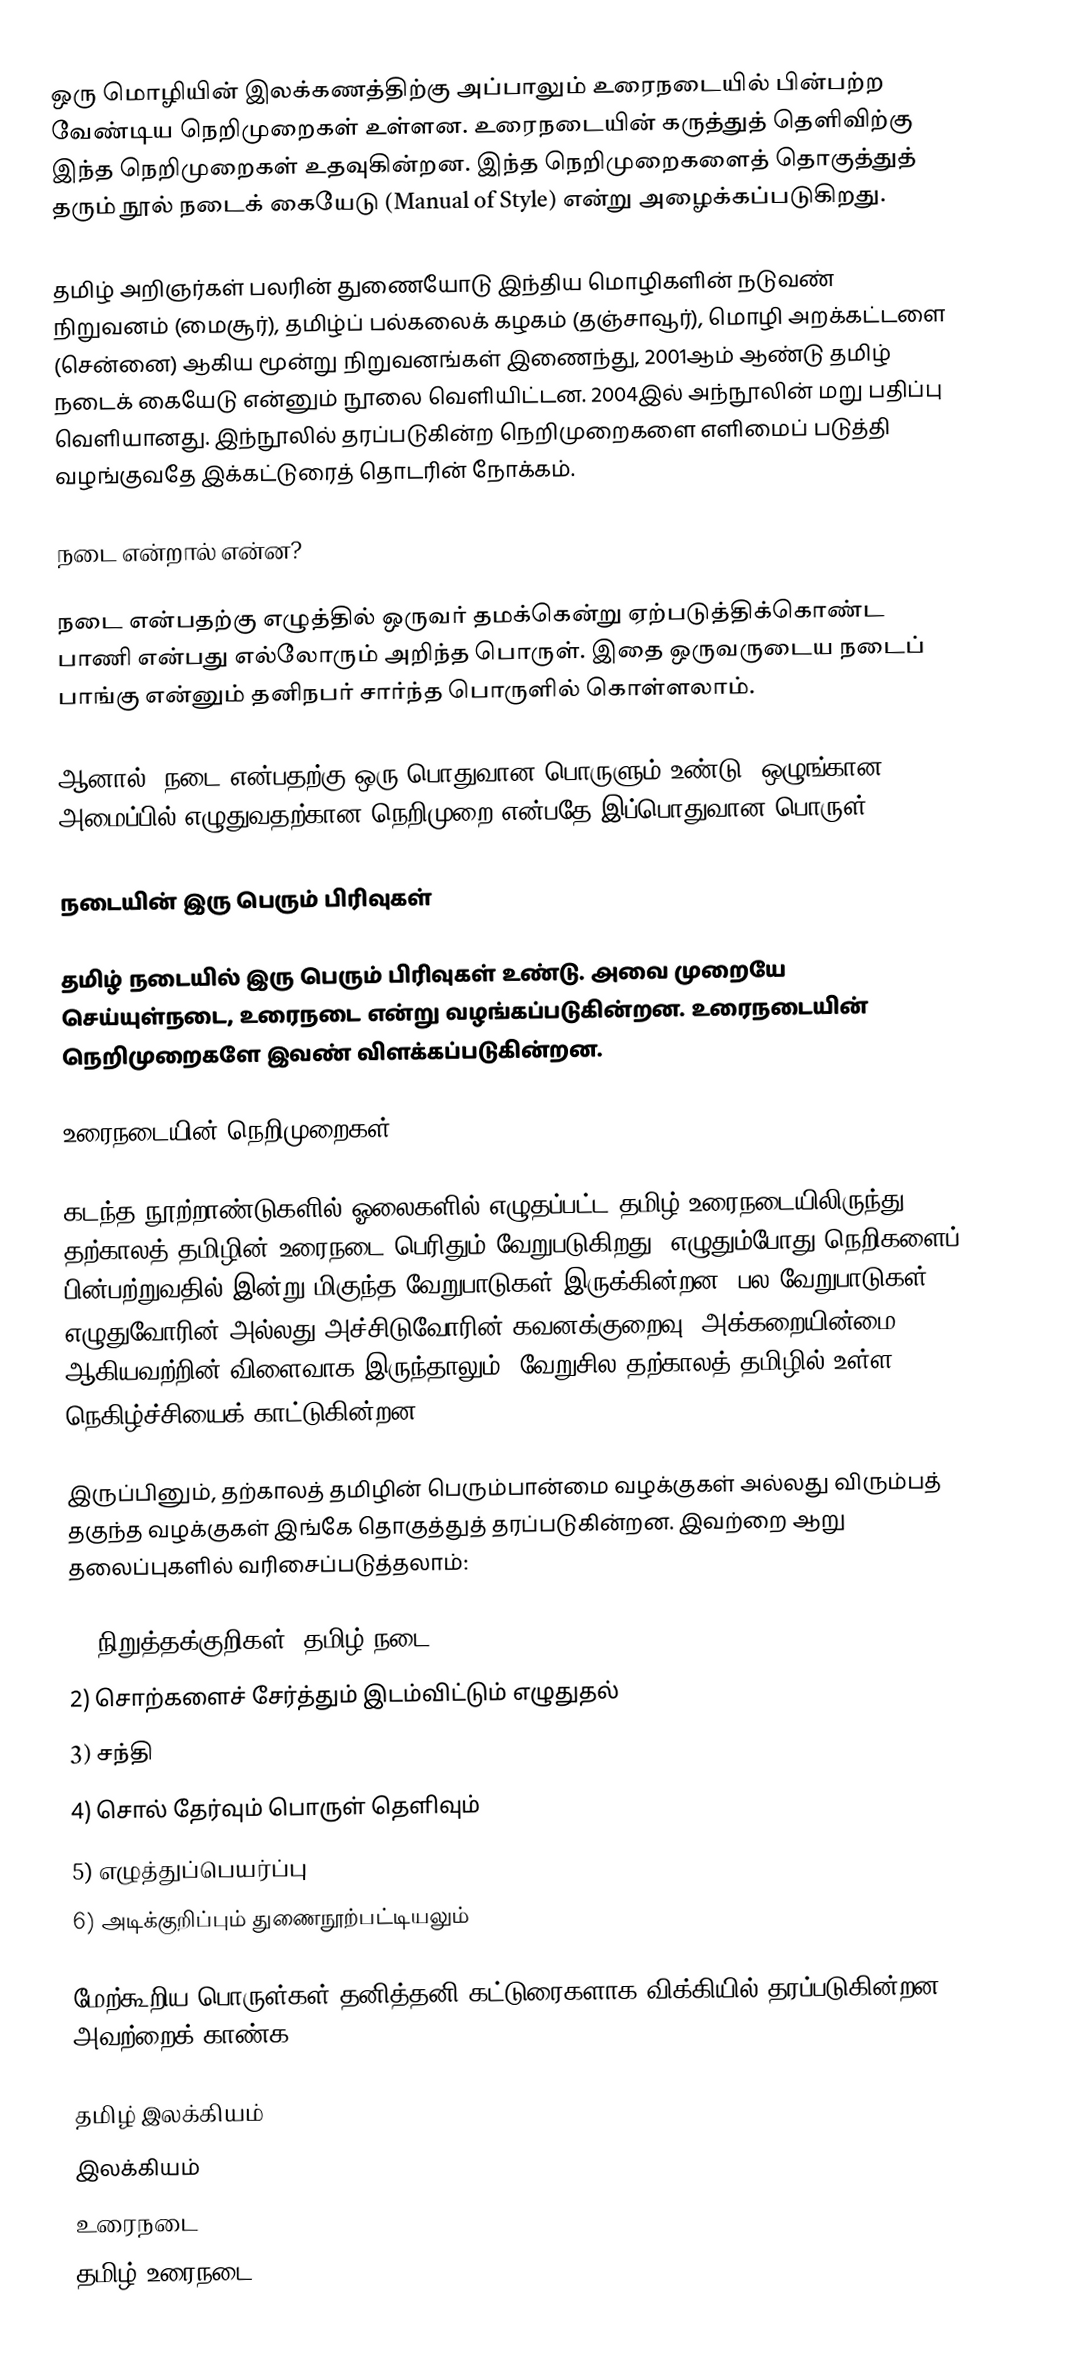
ஒரு மொழியின் இலக்கணத்திற்கு அப்பாலும் உரைநடையில் பின்பற்ற வேண்டிய நெறிமுறைகள் உள்ளன. உரைநடையின் கருத்துத் தெளிவிற்கு இந்த நெறிமுறைகள் உதவுகின்றன. இந்த நெறிமுறைகளைத் தொகுத்துத் தரும் நூல் நடைக் கையேடு (Manual of Style) என்று அழைக்கப்படுகிறது.

தமிழ் அறிஞர்கள் பலரின் துணையோடு இந்திய மொழிகளின் நடுவண் நிறுவனம் (மைசூர்), தமிழ்ப் பல்கலைக் கழகம் (தஞ்சாவூர்), மொழி அறக்கட்டளை (சென்னை) ஆகிய மூன்று நிறுவனங்கள் இணைந்து, 2001ஆம் ஆண்டு தமிழ் நடைக் கையேடு என்னும் நூலை வெளியிட்டன. 2004இல் அந்நூலின் மறு பதிப்பு வெளியானது. இந்நூலில் தரப்படுகின்ற நெறிமுறைகளை எளிமைப் படுத்தி வழங்குவதே இக்கட்டுரைத் தொடரின் நோக்கம்.

நடை என்றால் என்ன?

நடை என்பதற்கு எழுத்தில் ஒருவர் தமக்கென்று ஏற்படுத்திக்கொண்ட பாணி என்பது எல்லோரும் அறிந்த பொருள். இதை ஒருவருடைய நடைப் பாங்கு என்னும் தனிநபர் சார்ந்த பொருளில் கொள்ளலாம்.

ஆனால், நடை என்பதற்கு ஒரு பொதுவான பொருளும் உண்டு. ஒழுங்கான அமைப்பில் எழுதுவதற்கான நெறிமுறை என்பதே இப்பொதுவான பொருள்.

நடையின் இரு பெரும் பிரிவுகள்

தமிழ் நடையில் இரு பெரும் பிரிவுகள் உண்டு. அவை முறையே செய்யுள்நடை, உரைநடை என்று வழங்கப்படுகின்றன. உரைநடையின் நெறிமுறைகளே இவண் விளக்கப்படுகின்றன.

உரைநடையின் நெறிமுறைகள்

கடந்த நூற்றாண்டுகளில் ஓலைகளில் எழுதப்பட்ட தமிழ் உரைநடையிலிருந்து தற்காலத் தமிழின் உரைநடை பெரிதும் வேறுபடுகிறது. எழுதும்போது நெறிகளைப் பின்பற்றுவதில் இன்று மிகுந்த வேறுபாடுகள் இருக்கின்றன. பல வேறுபாடுகள் எழுதுவோரின் அல்லது அச்சிடுவோரின் கவனக்குறைவு, அக்கறையின்மை ஆகியவற்றின் விளைவாக இருந்தாலும், வேறுசில தற்காலத் தமிழில் உள்ள நெகிழ்ச்சியைக் காட்டுகின்றன.

இருப்பினும், தற்காலத் தமிழின் பெரும்பான்மை வழக்குகள் அல்லது விரும்பத் தகுந்த வழக்குகள் இங்கே தொகுத்துத் தரப்படுகின்றன. இவற்றை ஆறு தலைப்புகளில் வரிசைப்படுத்தலாம்:

1) நிறுத்தக்குறிகள் (தமிழ் நடை)
2) சொற்களைச் சேர்த்தும் இடம்விட்டும் எழுதுதல்
3) சந்தி
4) சொல் தேர்வும் பொருள் தெளிவும்
5) எழுத்துப்பெயர்ப்பு
6) அடிக்குறிப்பும் துணைநூற்பட்டியலும்

மேற்கூறிய பொருள்கள் தனித்தனி கட்டுரைகளாக விக்கியில் தரப்படுகின்றன. அவற்றைக் காண்க.

தமிழ் இலக்கியம்
இலக்கியம்
உரைநடை
தமிழ் உரைநடை